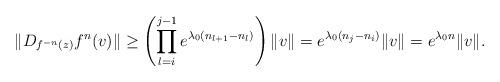
LaTeX: \begin{align*}\|D_{f^{-n}(z)}f^{n}(v)\|\geq\left( \prod_{l=i}^{j-1}e^{\lambda_0(n_{l+1}-n_l)}\right)\|v\|=e^{\lambda_0(n_j-n_i)}\|v\|=e^{\lambda_0n}\|v\|.\end{align*}